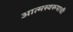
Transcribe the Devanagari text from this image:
आत्मस्वरूपाची